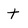
Character: t